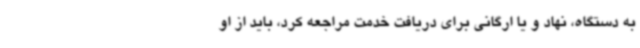
به دستگاه، نهاد و یا ارگانی برای دریافت خدمت مراجعه کرد، باید از او